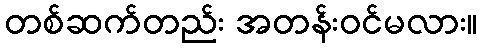
တစ်ဆက်တည်း အတန်းဝင်မလား။